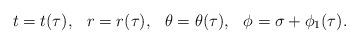
LaTeX: \begin{align*}t = t(\tau) , \hspace{0.3cm} r = r(\tau), \hspace{0.3cm}\theta = \theta(\tau), \hspace{0.3cm} \phi = \sigma + \phi_{1}(\tau) .\end{align*}